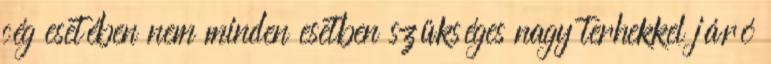
cég esetében nem minden esetben szükséges nagy terhekkel járó